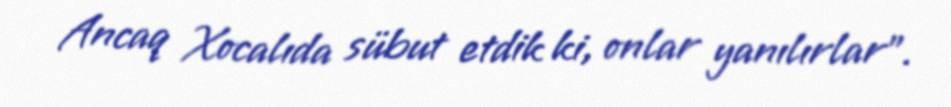
Ancaq Xocalıda sübut etdik ki, onlar yanılırlar”.